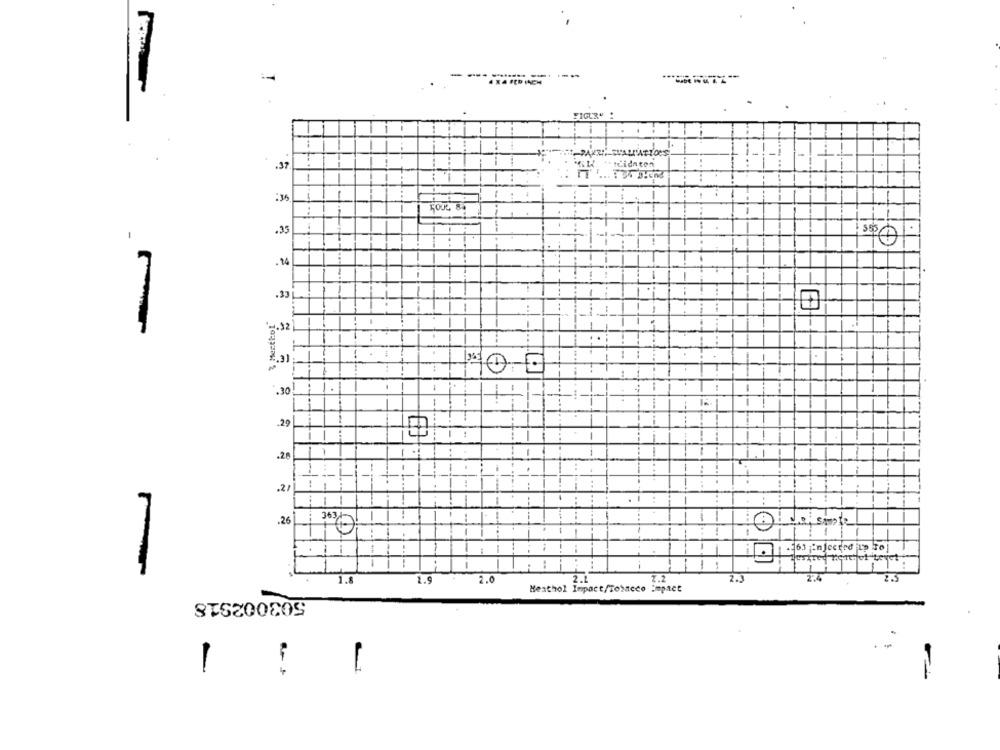
-----------
.37
1
:35
50JL 8.
.35
.14
.33
10
& Menthol
1.92
T
:30!
1
T
IT
.29
.28
1.1
21
.1
.26
Jo, smpte
1
2.2
2.2
2.3
2.5
1.8
2.9
2.0
Heathol Impact/Tobacco impact
503002918
1
1